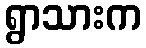
ရွာသားက